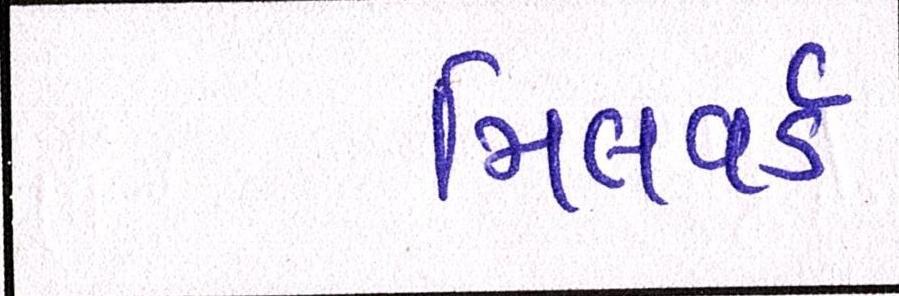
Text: મિલવર્ડ